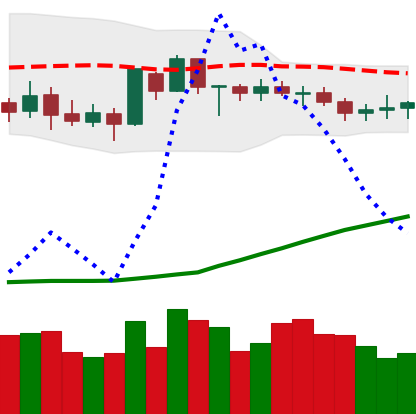
Ticker: BTC-USD
Chart end date: 2020-07-19
Forward return: 3.822%
Label: up_3_5